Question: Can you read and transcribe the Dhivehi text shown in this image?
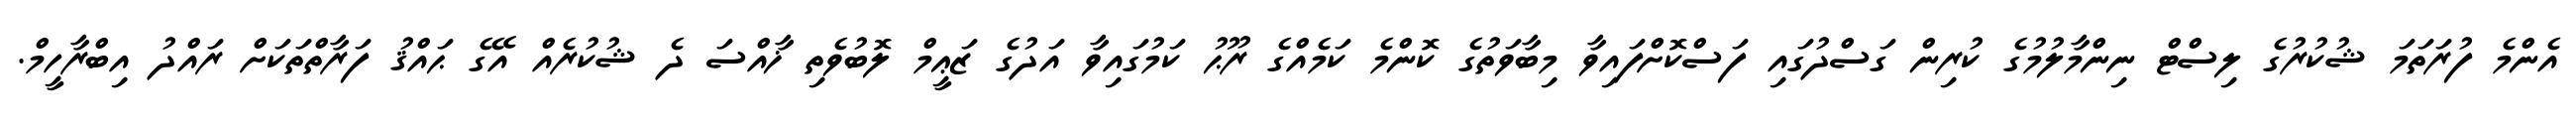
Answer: އެންމެ ފުރަތަމަ ޝުކުރުގެ ލިސްޓް ނިންމާލުމުގެ ކުރިން ގަސްދުގައި ފަސްކޮށްފައިވާ މިބާވަތުގެ ކޮންމެ ކަމެއްގެ ރޫޙު ކަމުގައިވާ އަދުގެ ޒަޢީމް ލޮބުވެތި ޚާއްސަ ދެ ޝުކުރެއް އޭގެ ޙައްޤު ފަރާތްތަކަށް ރައްދު އިބްރާހީމް.